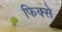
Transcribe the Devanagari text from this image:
फिक्से